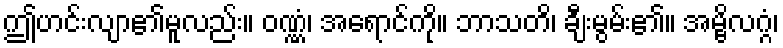
ဤဟင်းလျာ၏မူလည်း။ ဝဏ္ဏံ၊ အရောင်ကို။ ဘာသတိ၊ ချီးမွမ်း၏။ အမ္ဗိလဂ္ဂံ၊